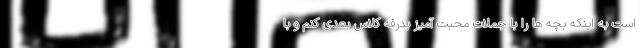
است به اینکه بچه ها را با جملات محبت آمیز بدرقه کلاس بعدی کنم و با